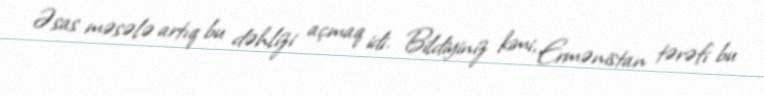
Əsas məsələ artıq bu dəhlizi açmaq idi. Bildiyiniz kimi, Ermənistan tərəfi bu